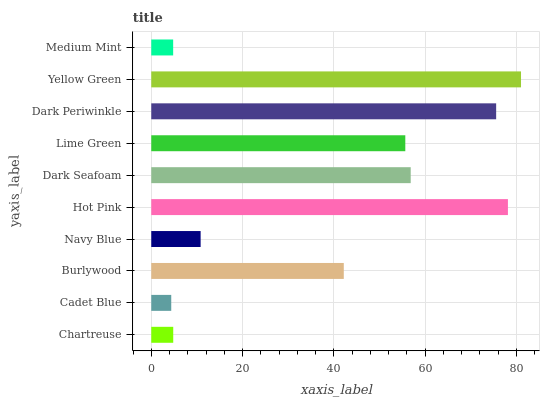
| yaxis_label | bars |
 | --- | --- |
 | Chartreuse | 4.81 |
 | Cadet Blue | 4.38 |
 | Burlywood | 42.2 |
 | Navy Blue | 10.8 |
 | Hot Pink | 78.1 |
 | Dark Seafoam | 56.8 |
 | Lime Green | 55.6 |
 | Dark Periwinkle | 75.5 |
 | Yellow Green | 81 |
 | Medium Mint | 4.8 |